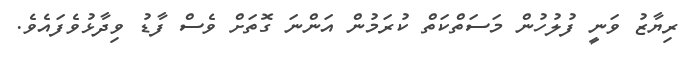
ރިޔާޒު ވަނީ ފުލުހުން މަސަތްކަތް ކުރަމުން އަންނަ ގޮތަށް ވެސް ފާޑު ވިދާޅުވެފައެވެ.